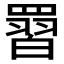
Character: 𮊙